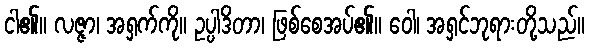
ငါ၏။ လဇ္ဇာ၊ အရှက်ကို။ ဥပ္ပါဒိတာ၊ ဖြစ်စေအပ်၏။ ဝေါ၊ အရှင်ဘုရားတို့သည်။